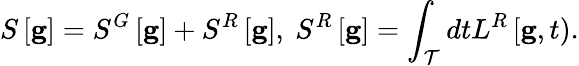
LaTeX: {}S\left[{\mathbf g}\right]=S^{G}\left[{\mathbf g}\right]+S^{R}\left[{\mathbf g}\right],\ S^{R}\left[{\mathbf g}\right]=\int_{\cal T}dtL^{R}\left[{\mathbf g},t\right).